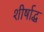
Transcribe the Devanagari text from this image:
शीर्षाद्ध